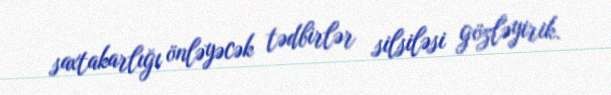
saxtakarlığı önləyəcək tədbirlər silsiləsi gözləyirik.